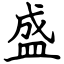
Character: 盛